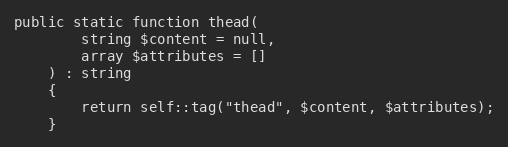
Language: PHP
public static function thead(
        string $content = null,
        array $attributes = []
    ) : string
    {
        return self::tag("thead", $content, $attributes);
    }